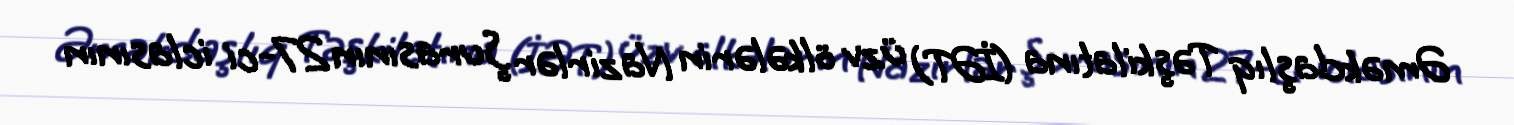
Əməkdaşlıq Təşkilatına (İƏT) üzv ölkələrin Nazirlər Şurasının 27-ci iclasının